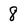
Character: 8